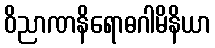
ဝိညာဏနိရောဓဂါမိနိယာ